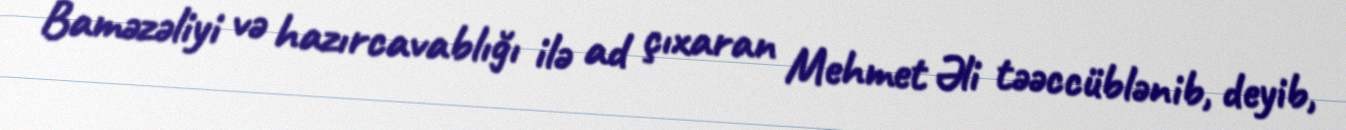
Baməzəliyi və hazırcavablığı ilə ad çıxaran Mehmet Əli təəccüblənib, deyib,